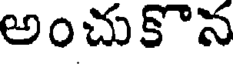
అంచుకొన